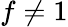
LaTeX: f\neq 1